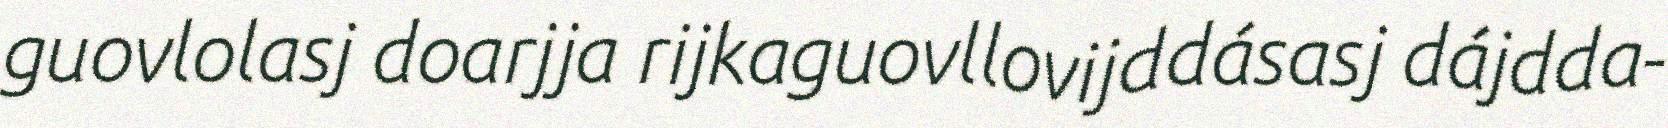
guovlolasj doarjja rijkaguovllovijddásasj dájdda-